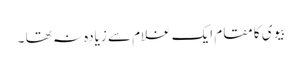
بیوی کا مقام ایک غلام سے زیادہ نہ تھا ۔